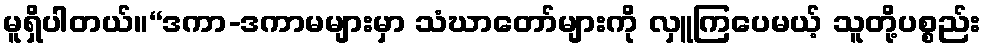
မူရှိပါတယ်။“ဒကာ-ဒကာမများမှာ သံဃာတော်များကို လှူကြပေမယ့် သူတို့ပစ္စည်း